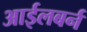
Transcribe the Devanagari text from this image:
आईलबर्न